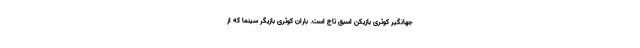
جهانگیر کوثری بازیکن اسبق تاج است. باران کوثری بازیگر سینما که از